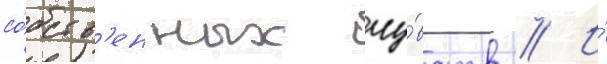
со́бств'енных чу́вств // И́